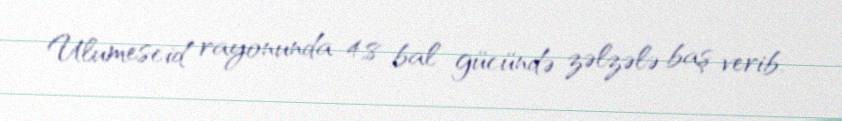
Ulumescid rayonunda 4,8 bal gücündə zəlzələ baş verib.